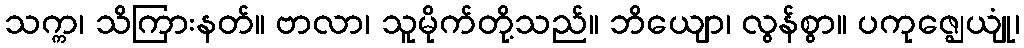
သက္က၊ သိကြားနတ်။ ဗာလာ၊ သူမိုက်တို့သည်။ ဘိယျော၊ လွန်စွာ။ ပကုဇ္ဈေယျုံ၊